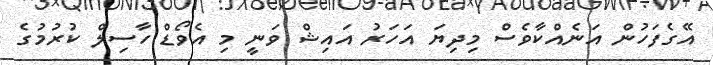
އޭގެފަހުން އަނެއްކާވެސް މިދިޔަ އަހަރު އައިޝް ވަނީ މި އެވޯޑް ހާސިލް ކުރުމުގެ